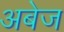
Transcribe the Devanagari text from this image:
अबेज